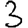
Digit: 3